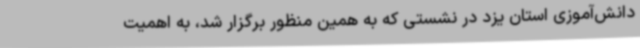
دانش‌آموزی استان یزد در نشستی که به همین منظور برگزار شد، به اهمیت